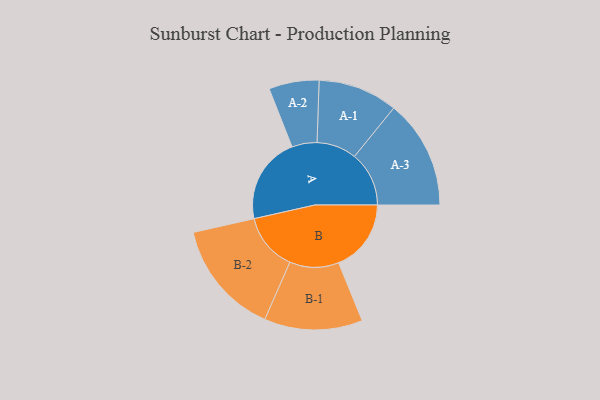
{"axis": {"x": "Segment", "y": "Value"}, "legend": ["", "A", "B"], "data": [{"x": "A", "y": 419, "type": ""}, {"x": "B", "y": 350, "type": ""}, {"x": "A-1", "y": 192, "type": "A"}, {"x": "A-2", "y": 121, "type": "A"}, {"x": "A-3", "y": 263, "type": "A"}, {"x": "B-1", "y": 237, "type": "B"}, {"x": "B-2", "y": 277, "type": "B"}]}